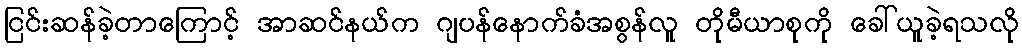
ငြင်းဆန်ခဲ့တာကြောင့် အာဆင်နယ်က ဂျပန်နောက်ခံအစွန်လူ တိုမီယာစုကို ခေါ်ယူခဲ့ရသလို